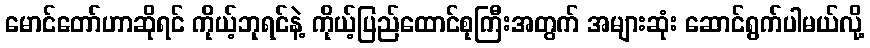
မောင်တော်ဟာဆိုရင် ကိုယ့်ဘုရင်နဲ့ ကိုယ့်ပြည်ထောင်စုကြီးအတွက် အများဆုံး ဆောင်ရွက်ပါမယ်လို့